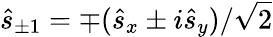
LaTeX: \hat{s}_{\pm 1}=\mp(\hat{s}_{x}\pm i\hat{s}_{y})/\sqrt{2}